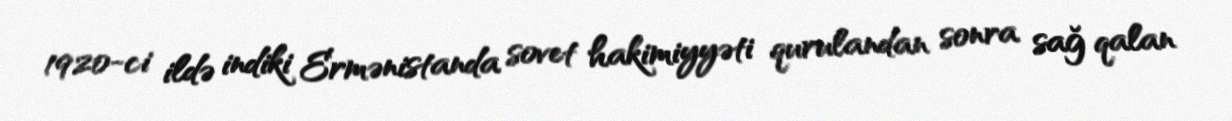
1920-ci ildə indiki Ermənistanda sovet hakimiyyəti qurulandan sonra sağ qalan